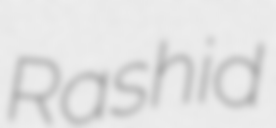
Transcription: Rashid